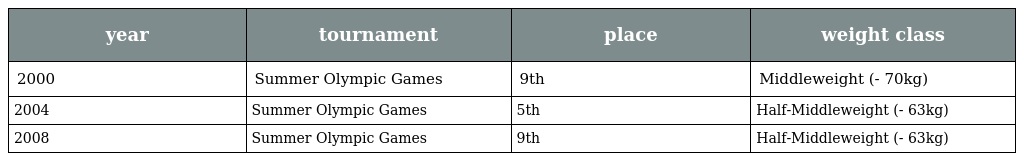
| year | tournament | place | weight class |
 | --- | --- | --- | --- |
 | 2000 | Summer Olympic Games | 9th | Middleweight (- 70kg) |
 | 2004 | Summer Olympic Games | 5th | Half-Middleweight (- 63kg) |
 | 2008 | Summer Olympic Games | 9th | Half-Middleweight (- 63kg) |